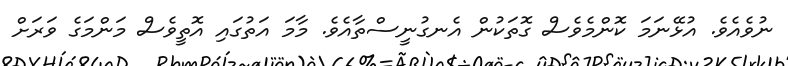
ނުވެއެވެ. އުޅޭނަމަ ކޮންމެވެސް ގޮތަކުން އެނގުނީސްތާއެވެ. މާމަ އަތުގައި އޮތީވެސް މަންމަގެ ވަރަށް